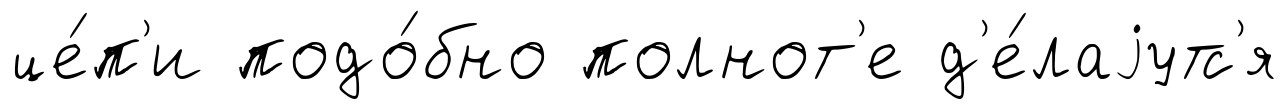
це́п'и подо́бно полнот'е д'е́лаjутс'я